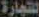
للتجارة